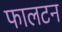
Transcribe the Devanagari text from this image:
फालटन